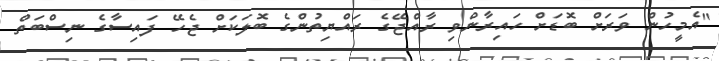
"އެމީހުން ވަރަށް ބޮޑަށް ހައިރާންވި ރާއްޖޭގެ ރައްޔިތުންގެ ބޮލަކަށް ޖެހޭ ފައިސާގެ ނިސްބަތް